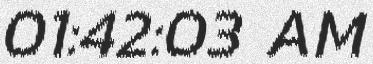
01:42:03 AM